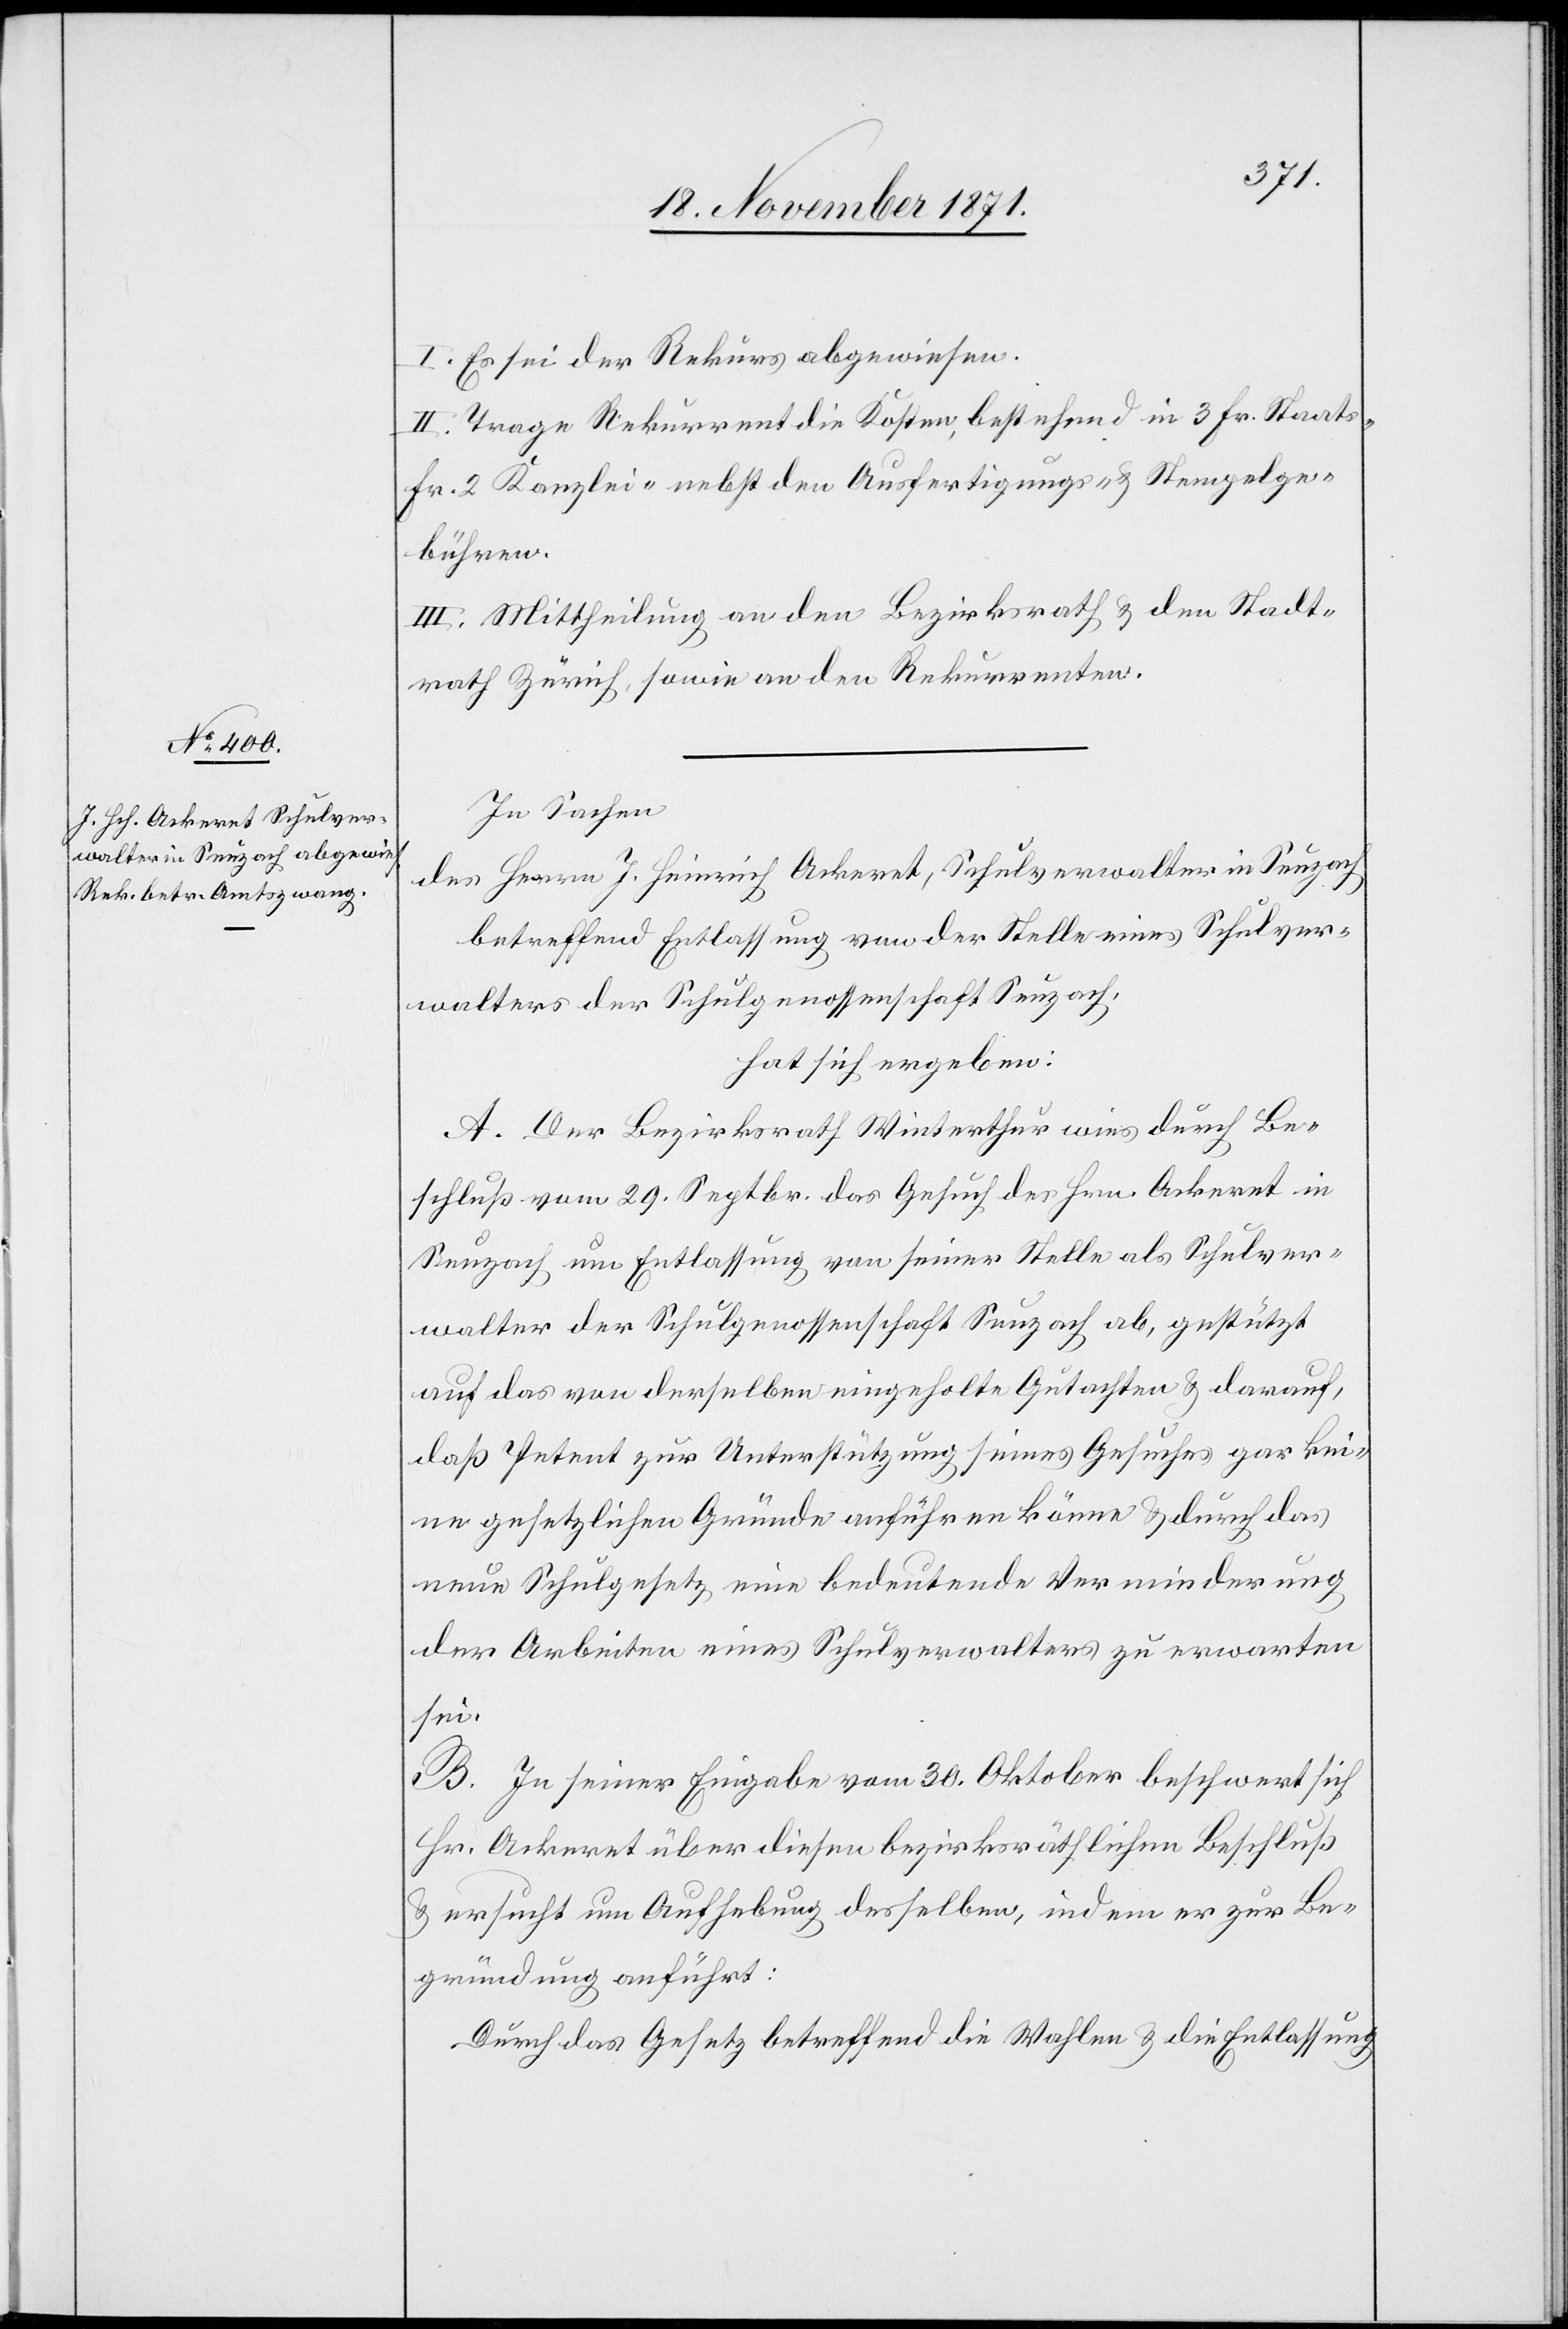
I. Es sei der Rekurs abgewiesen.
II. Trage Rekurrent die Kosten, bestehend in 3 Fr. Staats-[,]
Fr. 2 Kanzlei-[,] nebst den Ausfertigungs- & Stempelge¬
bühren.
III. Mittheilung an den Bezirksrath & den Stadt¬
rath Zürich, sowie an den Rekurrenten.
In Sachen
des Herrn J. Heinrich Ackeret, Schulverwalter in Seuzach
betreffend Entlassung von der Stelle eines Schulver¬
walters der Schulgenossenschaft Seuzach,
hat sich ergeben:
A. Der Bezirksrath Winterthur wies durch Be¬
schluß vom 29. Septbr. das Gesuch des Hrn. Ackeret in
Seuzach um Entlassung von seiner Stelle als Schulver¬
walter der Schulgenossenschaft Seuzach ab, gestützt
auf das von derselben eingeholte Gutachten & darauf,
daß Petent zur Unterstützung seines Gesuches gar kei¬
ne gesetzlichen Gründe anführen könne & durch das
neue Schulgesetz eine bedeutende Verminderung
der Arbeiten eines Schulverwalters zu erwarten
sei.
B. In seiner Eingabe vom 30. Oktober beschwert sich
Hr. Ackeret über diesen bezirksräthlichen Beschluß
& ersucht um Aufhebung desselben, indem er zur Be¬
gründung anführt:
Durch das Gesetz betreffend die Wahlen & die Entlassung